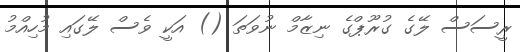
ރީސަސް ލޭގެ ގުރޫޕްގެ ނިޒާމް ނުވަތަ () އަކީ ވެސް ލޭގައި މުހިއްމު